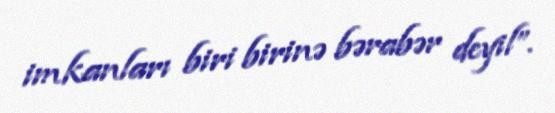
imkanları biri birinə bərabər deyil”.